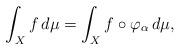
LaTeX: \begin{align*} \int_X f\,d\mu=\int_X f\circ\varphi_\alpha\,d\mu,\end{align*}